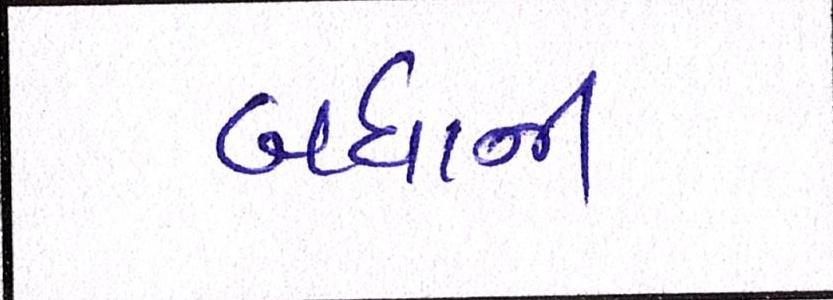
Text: બધાંની